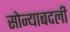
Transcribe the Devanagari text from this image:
सोन्याबदली